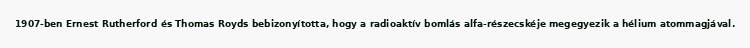
1907-ben Ernest Rutherford és Thomas Royds bebizonyította, hogy a radioaktív bomlás alfa-részecskéje megegyezik a hélium atommagjával.